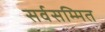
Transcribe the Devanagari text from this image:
सर्वसम्मित